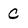
Character: C